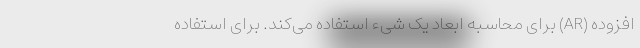
افزوده (AR) برای محاسبه ابعاد یک شیء استفاده می‌کند. برای استفاده